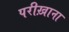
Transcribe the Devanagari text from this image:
परीख़ाना